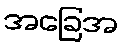
အခြေအ